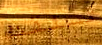
تسلقت